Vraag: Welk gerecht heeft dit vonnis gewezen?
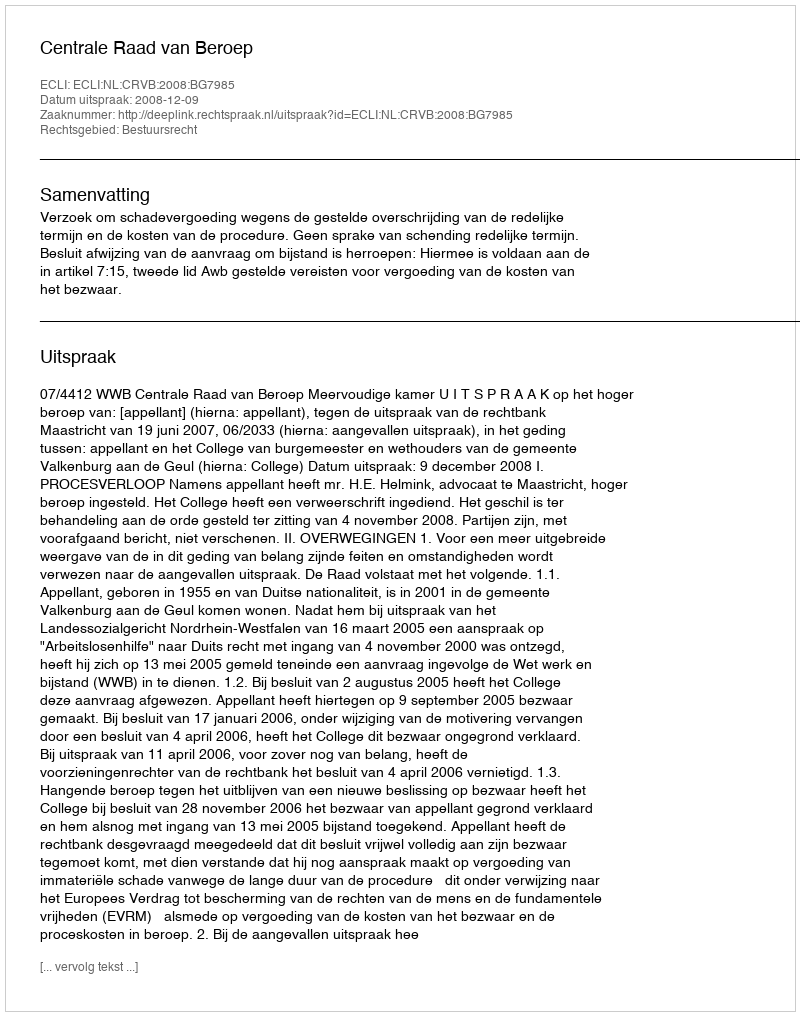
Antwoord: Centrale Raad van Beroep